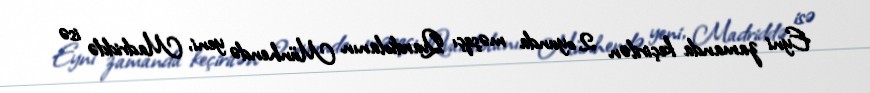
Eyni zamanda keçirilən 2 oyunda məşqçı Qvardiolanın Münhendə yeni, Madriddə isə